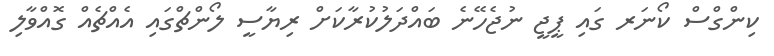
ކިންގްސް ކޯނަރ ގައި ޕީޖީ ނުޖެހޭނެ ބައްދަލުކުރާކަށް ރިޔާސީ ލޯންޗްގައި އެއްޗެއް ގޮއްވާލި